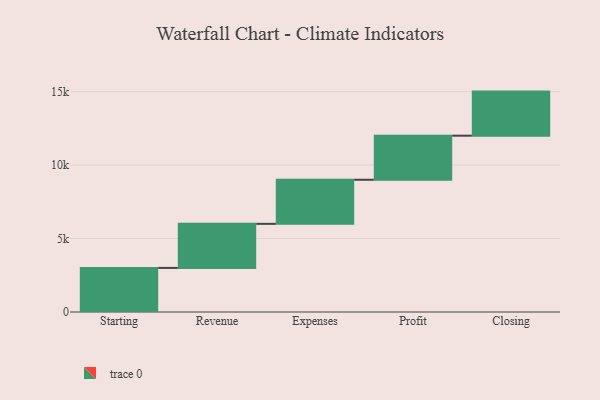
{"axis": {"x": "Step", "y": "Value"}, "legend": [""], "data": [{"x": "Starting", "y": 3000, "type": ""}, {"x": "Revenue", "y": 3000, "type": ""}, {"x": "Expenses", "y": 3000, "type": ""}, {"x": "Profit", "y": 3000, "type": ""}, {"x": "Closing", "y": 3000, "type": ""}]}